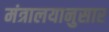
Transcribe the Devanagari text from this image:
मंत्रालयानुसार